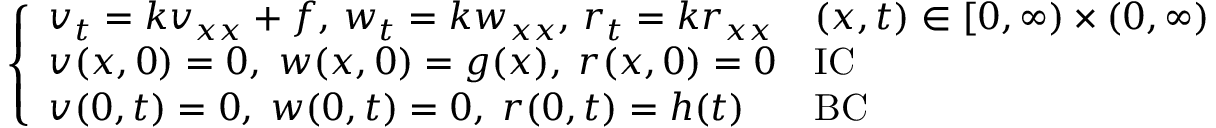
{ \left\{ \begin{array} { l l } { v _ { t } = k v _ { x x } + f , \, w _ { t } = k w _ { x x } , \, r _ { t } = k r _ { x x } } & { ( x , t ) \in [ 0 , \infty ) \times ( 0 , \infty ) } \\ { v ( x , 0 ) = 0 , \; w ( x , 0 ) = g ( x ) , \; r ( x , 0 ) = 0 } & { { \mathrm { I C } } } \\ { v ( 0 , t ) = 0 , \; w ( 0 , t ) = 0 , \; r ( 0 , t ) = h ( t ) } & { { \mathrm { B C } } } \end{array} \right. }